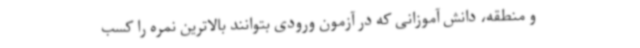
و منطقه، دانش آموزانی که در آزمون ورودی بتوانند بالاترین نمره را کسب